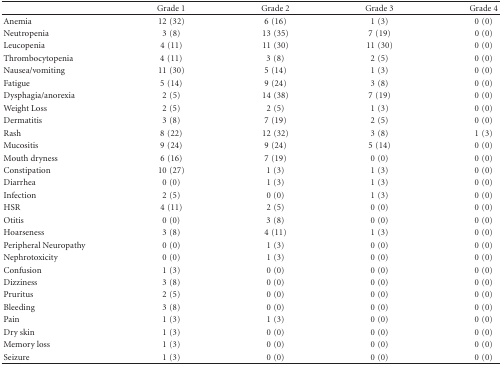
|  | Grade 1 | Grade 2 | Grade 3 | Grade 4 |
 | --- | --- | --- | --- | --- |
 | Anemia | 12 (32) | 6 (16) | 1 (3) | 0 (0) |
 | Neutropenia | 3 (8) | 13 (35) | 7 (19) | 0 (0) |
 | Leucopenia | 4 (11) | 11 (30) | 11 (30) | 0 (0) |
 | Thrombocytopenia | 4 (11) | 3 (8) | 2 (5) | 0 (0) |
 | Nausea/vomiting | 11 (30) | 5 (14) | 1 (3) | 0 (0) |
 | Fatigue | 5 (14) | 9 (24) | 3 (8) | 0 (0) |
 | Dysphagia/anorexia | 2 (5) | 14 (38) | 7 (19) | 0 (0) |
 | Weight Loss | 2 (5) | 2 (5) | 1 (3) | 0 (0) |
 | Dermatitis | 3 (8) | 7 (19) | 2 (5) | 0 (0) |
 | Rash | 8 (22) | 12 (32) | 3 (8) | 1 (3) |
 | Mucositis | 9 (24) | 9 (24) | 5 (14) | 0 (0) |
 | Mouth dryness | 6 (16) | 7 (19) | 0 (0) | 0 (0) |
 | Constipation | 10 (27) | 1 (3) | 1 (3) | 0 (0) |
 | Diarrhea | 0 (0) | 1 (3) | 1 (3) | 0 (0) |
 | Infection | 2 (5) | 0 (0) | 1 (3) | 0 (0) |
 | HSR | 4 (11) | 2 (5) | 0 (0) | 0 (0) |
 | Otitis | 0 (0) | 3 (8) | 0 (0) | 0 (0) |
 | Hoarseness | 3 (8) | 4 (11) | 1 (3) | 0 (0) |
 | Peripheral Neuropathy | 0 (0) | 1 (3) | 0 (0) | 0 (0) |
 | Nephrotoxicity | 0 (0) | 1 (3) | 0 (0) | 0 (0) |
 | Confusion | 1 (3) | 0 (0) | 0 (0) | 0 (0) |
 | Dizziness | 3 (8) | 0 (0) | 0 (0) | 0 (0) |
 | Pruritus | 2 (5) | 0 (0) | 0 (0) | 0 (0) |
 | Bleeding | 3 (8) | 0 (0) | 0 (0) | 0 (0) |
 | Pain | 1 (3) | 1 (3) | 0 (0) | 0 (0) |
 | Dry skin | 1 (3) | 0 (0) | 0 (0) | 0 (0) |
 | Memory loss | 1 (3) | 0 (0) | 0 (0) | 0 (0) |
 | Seizure | 1 (3) | 0 (0) | 0 (0) | 0 (0) |